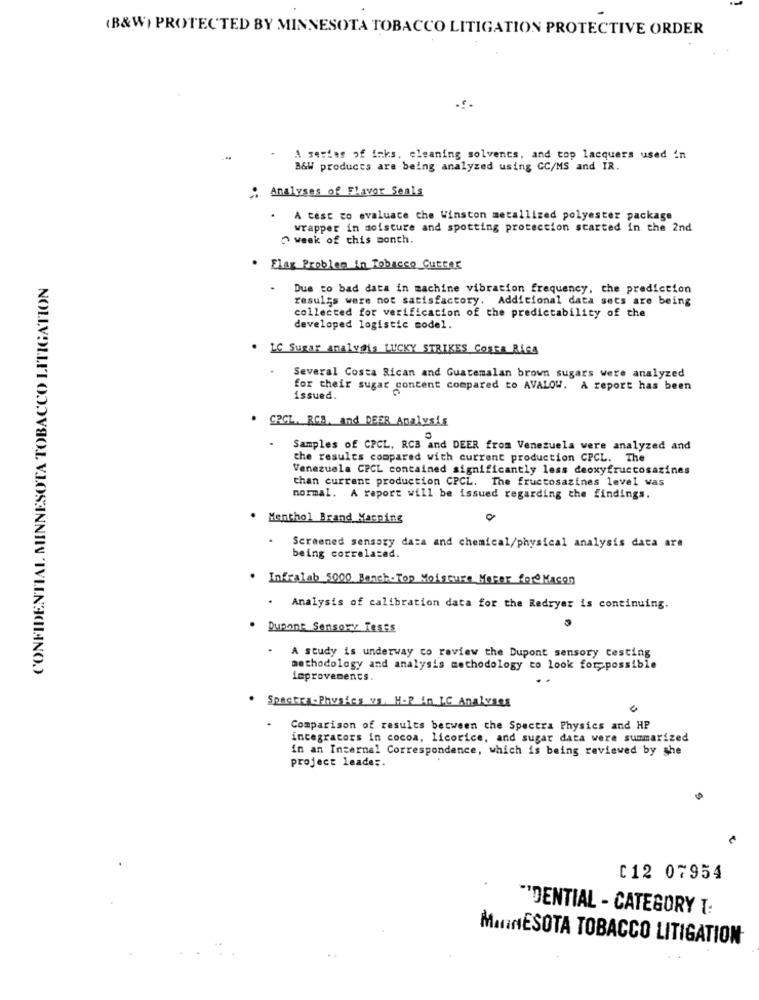
(B&W) PROTECTED BY MINNESOTA TOBACCO LITIGATION PROTECTIVE ORDER
A series of inks, cleaning solvents, and top lacquers used in
B&W products are being analyzed using GC/MS and IR.
Analyses of Flavor Seals
A test co evaluace che Winston metallized polyester package
wrapper in moisture and spotting protection started in the 2nd
week of this month.
. Flag Problem in Tobacco Cutter
CONFIDENTIAL MINNESOTA TOBACCO LITIGATION
.
Due to bad data in machine vibration frequency, the prediction
results were not satisfactory. Additional data sets are being
collected for verification of the predictability of the
developed logistic model.
. LC Sugar analydis LUCKY STRIKES COSTA RICA
Several Costa Rican and Guatemalan brown sugars were analyzed
for their sugar content compared to AVALOW. A report has been
issued.
. CRCL. RCB, and DEER Analysis
.
Samples of CPCL, RCB and DEER from Venezuela were analyzed and
the results compared with current production CPCL. The
Venezuela CPCL contained significantly less deoxyfructosazines
than current production CPCL. The fructosazines level was
normal. A raport will be issued regarding the findings.
. Menthol Brand Mapping
Screened sensory data and chemical/physical analysis data are
being correlated.
. Infralab 5000 Banch-Top Moisture Meter for@ Macon
. Analysis of calibration data for the Redryer is continuing.
Dupont Sensory Teses
.
A study is underway co review the Dupont sensory testing
methodology and analysis methodology to look for possible
improvements.
. Spectra-Physics vs. H.R in LC Analyses
Comparison of results between the Spectra Physics and HP
integrators in cocoa, licorice, and sugar data were summarized
in an Internal Correspondence, which is being reviewed by she
project leader.
C12 07954
"DENTIAL - CATEGORY T:
MINNESOTA TOBACCO LITIGATION